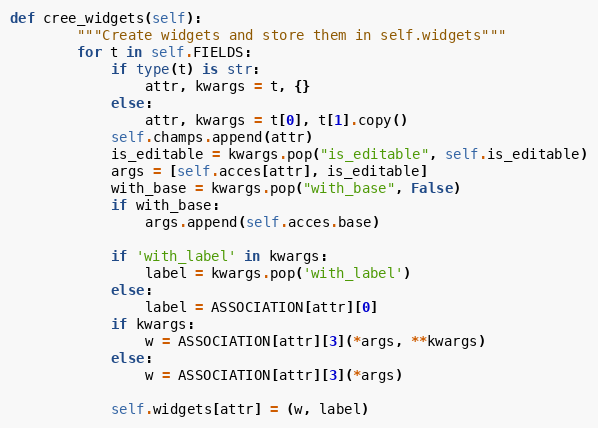
Language: Python
def cree_widgets(self):
        """Create widgets and store them in self.widgets"""
        for t in self.FIELDS:
            if type(t) is str:
                attr, kwargs = t, {}
            else:
                attr, kwargs = t[0], t[1].copy()
            self.champs.append(attr)
            is_editable = kwargs.pop("is_editable", self.is_editable)
            args = [self.acces[attr], is_editable]
            with_base = kwargs.pop("with_base", False)
            if with_base:
                args.append(self.acces.base)

            if 'with_label' in kwargs:
                label = kwargs.pop('with_label')
            else:
                label = ASSOCIATION[attr][0]
            if kwargs:
                w = ASSOCIATION[attr][3](*args, **kwargs)
            else:
                w = ASSOCIATION[attr][3](*args)

            self.widgets[attr] = (w, label)